Document type: Emphyteutic lease
Year: 1295
Scribe: Pere de Noguera, prevere
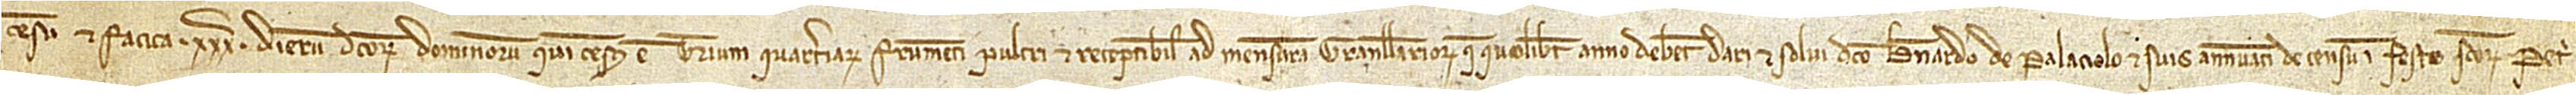
censu et fatica XXXª dierum dictorum dominorum. Qui census est trium quarteriarum frumenti pulcri et receptibilis ad mensuram Granullariorum que quolibet anno debent dari et solvi dicto Bernardo de Palaciolo et suis annuatim de censu in festo Sanctorum Petri